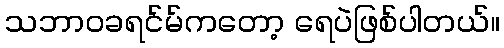
သဘာဝခရင်မ်ကတော့ ရေပဲဖြစ်ပါတယ်။